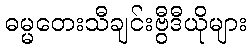
ဓမ္မတေးသီချင်းဗွီဒီယိုများ